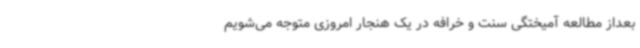
بعداز مطالعه آمیختگی سنت و خرافه در یک هنجار امروزی متوجه می‌شویم